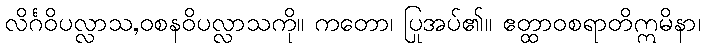
လိင်္ဂဝိပလ္လာသ,ဝစနဝိပလ္လာသကို။ ကတော၊ ပြုအပ်၏။ ဧတ္ထာဝစရာတိဣမိနာ၊